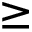
\geq